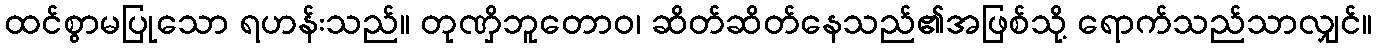
ထင်စွာမပြုသော ရဟန်းသည်။ တုဏှိဘူတောဝ၊ ဆိတ်ဆိတ်နေသည်၏အဖြစ်သို့ ရောက်သည်သာလျှင်။